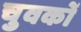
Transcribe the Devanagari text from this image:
चुवकों